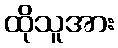
ထိုသူအား